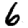
Digit: 6